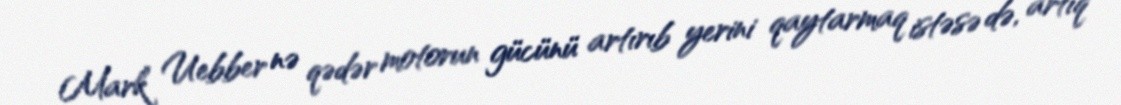
Mark Uebber nə qədər motorun gücünü artırıb yerini qaytarmaq istəsə də, artıq